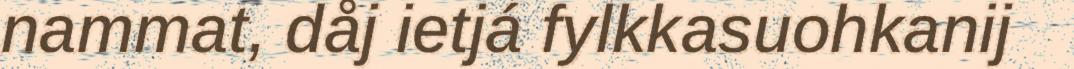
nammat, dåj ietjá fylkkasuohkanij